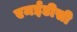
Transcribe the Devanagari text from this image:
एमईडीसी